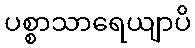
ပစ္စာသာရေယျာပိ